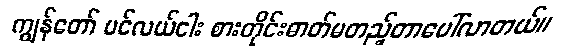
ကျွန်တော် ပင်လယ်ငါး စားတိုင်းဓာတ်မတည့်တာပေါ်လာတယ်။